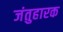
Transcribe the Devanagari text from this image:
जंतुहारक